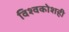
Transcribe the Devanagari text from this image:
विश्वकोशही